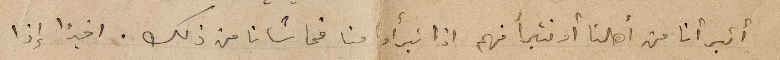
أتبرأنا من أهلنا أو نتبرأ منهم اذا تبرأوا منا فحاشانا من ذلك. اخيراً إذا